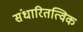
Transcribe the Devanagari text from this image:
संधारितत्विक